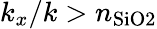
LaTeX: k_{x}/k>n_{\mathrm{SiO2}}